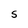
Character: S